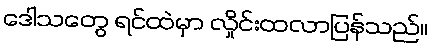
ဒေါသတွေ ရင်ထဲမှာ လှိုင်းထလာပြန်သည်။